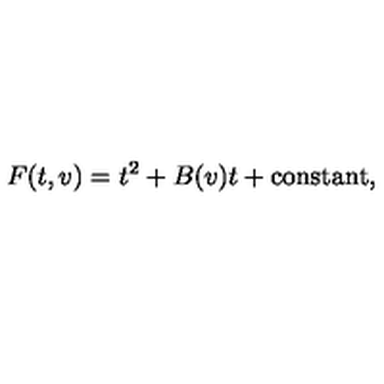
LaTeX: F ( t , v ) = t ^ { 2 } + B ( v ) t + \mathrm { c o n s t a n t } ,